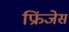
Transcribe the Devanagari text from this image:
फ्रिंजेस